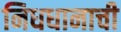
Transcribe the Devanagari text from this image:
निधधानाची